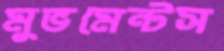
মুভমেন্টস